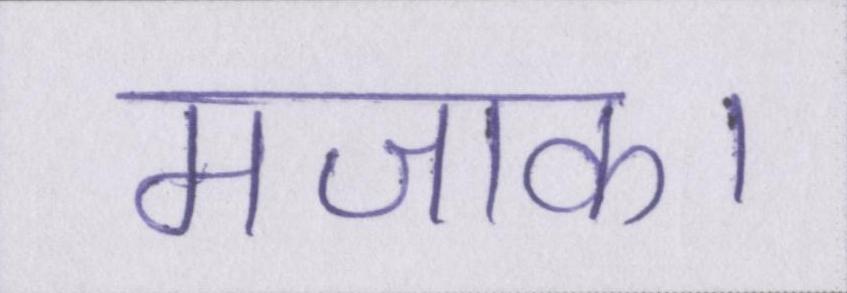
मजाक।